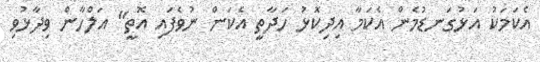
އެކަމަކު އަޅުގަނޑުމެން އެކަމާ އިދިކޮޅު ހަދާތީ އެކަން ނުވެފައި އޮތީ" އަލްހާން ވިދާޅުވި